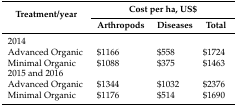
<table><thead><tr><td rowspan="2"><b>Treatment/year</b></td><td colspan="3"><b>Cost per ha, US$</b></td></tr><tr><td><b>Arthropods</b></td><td><b>Diseases</b></td><td><b>Total</b></td></tr></thead><tbody><tr><td>2014</td><td></td><td></td><td></td></tr><tr><td>Advanced Organic</td><td>$1166</td><td>$558</td><td>$1724</td></tr><tr><td>Minimal Organic</td><td>$1088</td><td>$375</td><td>$1463</td></tr><tr><td>2015 and 2016</td><td></td><td></td><td></td></tr><tr><td>Advanced Organic</td><td>$1344</td><td>$1032</td><td>$2376</td></tr><tr><td>Minimal Organic</td><td>$1176</td><td>$514</td><td>$1690</td></tr></tbody></table>